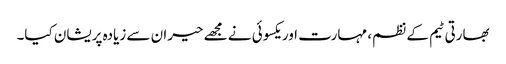
بھارتی ٹیم کے نظم، مہارت اور یکسوئی نے مجھے حیران سے زیادہ پریشان کیا۔